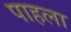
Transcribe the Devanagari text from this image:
पाहला